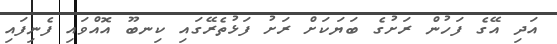
އަދި އޭގެ ފަހުން ރަށުގެ ބަޔަކަށް ރަށު ފަޅުތެރޭގައި ކިނބޫ އޮއްވައި ފެނިފައި